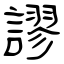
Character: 謬